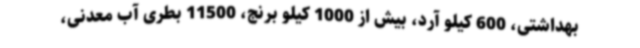
بهداشتی، 600 کیلو آرد، بیش از 1000 کیلو برنج، 11500 بطری آب معدنی،